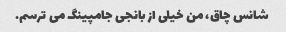
شانس چاق، من خیلی از بانجی جامپینگ می ترسم.